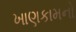
ખાણકામનો